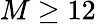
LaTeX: M\geq 12